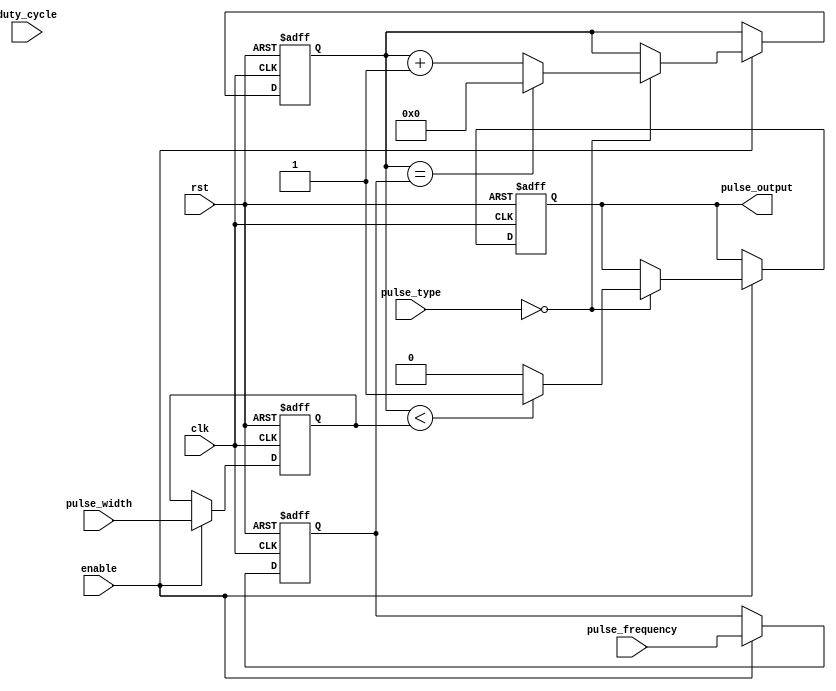
module ProgrammablePulseGenerator(
    input wire clk,
    input wire rst,
    input wire enable,
    input wire [7:0] pulse_type,
    input wire [15:0] pulse_width,
    input wire [15:0] pulse_frequency,
    input wire [7:0] duty_cycle,
    output reg pulse_output
);

reg [15:0] counter;
reg [15:0] pulse_width_count;
reg [15:0] pulse_frequency_count;
reg [7:0] duty_cycle_count;

always @(posedge clk or posedge rst) begin
    if (rst) begin
        counter <= 0;
        pulse_width_count <= 0;
        pulse_frequency_count <= 0;
        duty_cycle_count <= 0;
        pulse_output <= 0;
    end else if (enable) begin
        if (pulse_type == 0) begin // Square pulse
            if (counter < pulse_width_count) begin
                pulse_output <= 1;
            end else begin
                pulse_output <= 0;
            end

            if (counter == pulse_frequency_count) begin
                counter <= 0;
            end else begin
                counter <= counter + 1;
            end
        end

        // Add code for other pulse types here (e.g. triangular, sawtooth)

        // Adjust pulse width, frequency, and duty cycle here
        pulse_width_count <= pulse_width;
        pulse_frequency_count <= pulse_frequency;
        duty_cycle_count <= duty_cycle;
    end
end

endmodule